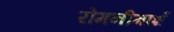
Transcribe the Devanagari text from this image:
रोमनीमार्श